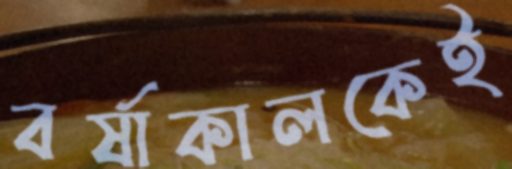
বর্ষাকালকেই